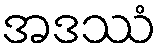
အဒဿံ